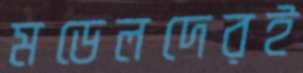
মডেলদেরই